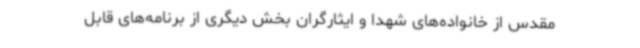
مقدس از خانواده‌های شهدا و ایثارگران بخش دیگری از برنامه‌های قابل